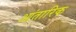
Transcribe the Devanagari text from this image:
आंतारिक